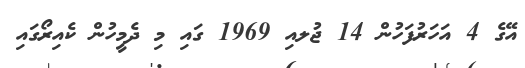
އޭގެ 4 އަހަރުފަހުން 14 ޖުލއި 1969 ގައި މި ދެމީހުން ކެއިރޯގައި